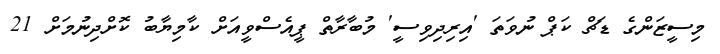
މިސީޒަންގެ ޑަޗް ކަޕް ނުވަތަ 'އިރިދިވިސީ' މުބާރާތް ޕީއެސްވީއަށް ކާމިޔާބު ކޮށްދިނުމަށް 21